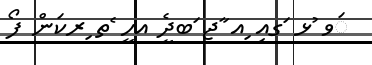
ަވ ުޅ ަގއި ިއ ާޖ ަބދީެ އހީ ެތ ިރކަން ފޯ